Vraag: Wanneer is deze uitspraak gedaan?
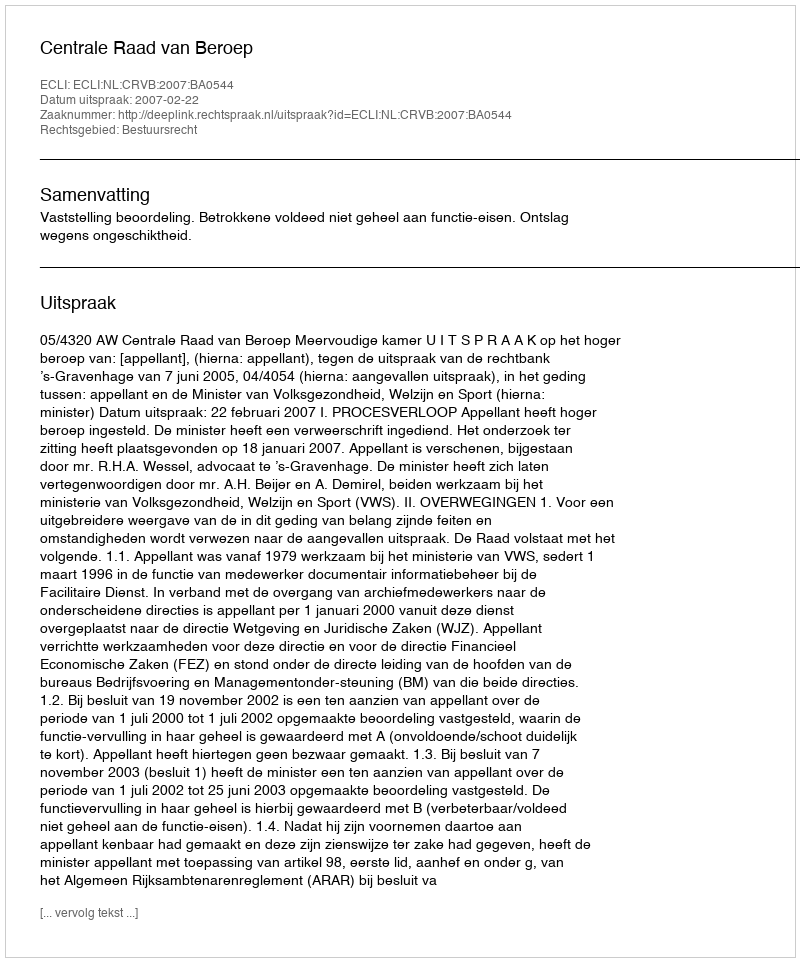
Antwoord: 2007-02-22